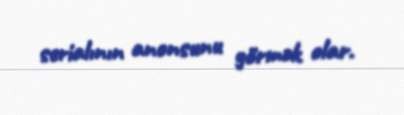
serialının anonsunu görmək olar.